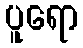
ပူရော